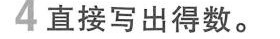
4直接写出得数。